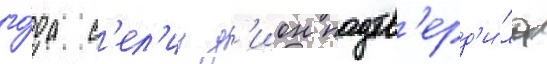
го́да с'ел'ин д'ион подтв'ерд'и́ла